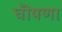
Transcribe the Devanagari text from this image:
घॊषणा